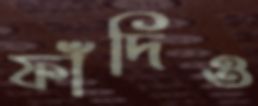
ফাঁদিও